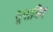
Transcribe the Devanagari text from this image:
यूपात्रिद